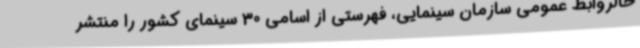
حالروابط عمومی سازمان سینمایی، فهرستی از اسامی 30 سینمای کشور را منتشر